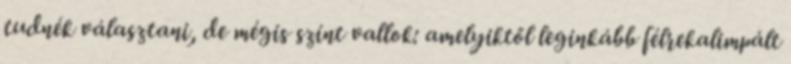
tudnék választani, de mégis színt vallok: amelyiktől leginkább félrekalimpált